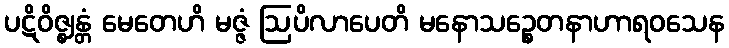
ပဋိဝိဇ္ဈန္တံ မေတေဟိ မဇ္ဇံ ဩပိလာပေတိ မနောသဉ္စေတနာဟာရဝသေန